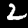
Digit: 2